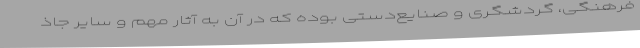
فرهنگی، گردشگری و صنایع‌دستی بوده که در آن به آثار مهم و سایر جاذ